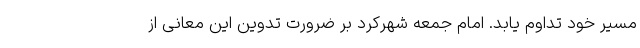
مسیر خود تداوم یابد. امام جمعه شهرکرد بر ضرورت تدوین این معانی از